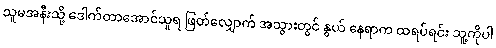
သူမအနီးသို့ ဒေါက်တာအောင်သူရ ဖြတ်လျှောက် အသွားတွင် နွယ် နေရာက ထရပ်ရင်း သူ့ကိုပါ